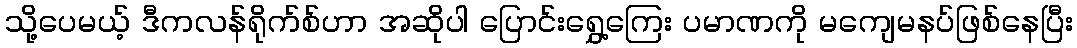
သို့ပေမယ့် ဒီကလန်ရိုက်စ်ဟာ အဆိုပါ ပြောင်းရွှေ့ကြေး ပမာဏကို မကျေမနပ်ဖြစ်နေပြီး